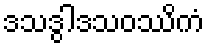
ဒသဒွါဒသဝဿိကံ